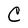
Character: C